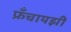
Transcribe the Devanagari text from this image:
फ्रँचायझी